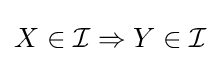
X\in {\mathcal {I}}\Rightarrow Y\in {\mathcal {I}}